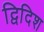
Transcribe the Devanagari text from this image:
द्विदिश